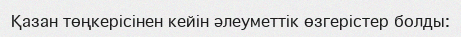
Қазан төңкерісінен кейін әлеуметтік өзгерістер болды: